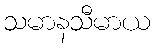
သမာနသီမာယ